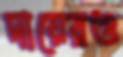
দায়েরও